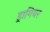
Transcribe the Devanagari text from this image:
ड्रागियर